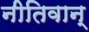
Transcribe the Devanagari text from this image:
नीतिवान्‌